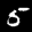
Label: 5